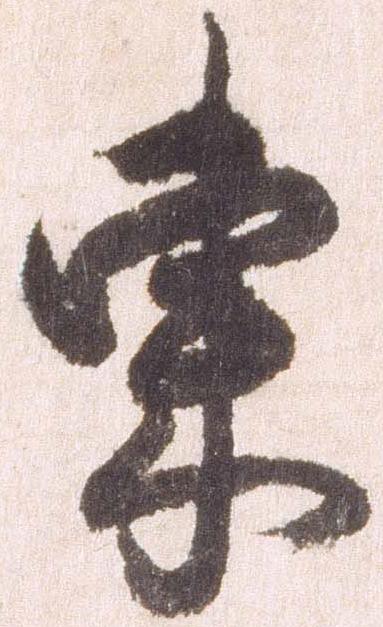
東